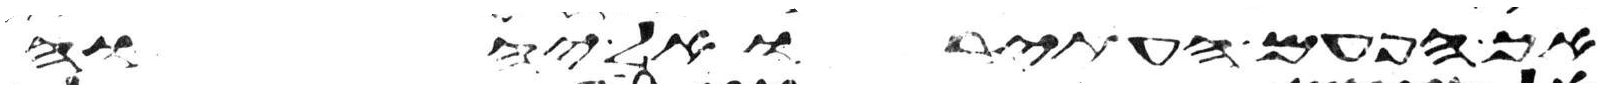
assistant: אך הפעם העתירו אל יהוה